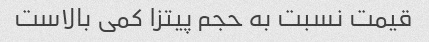
قیمت نسبت به حجم پیتزا کمی بالاست